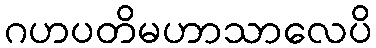
ဂဟပတိမဟာသာလေပိ